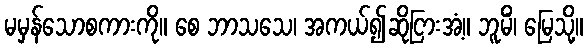
မမှန်သောစကားကို။ စေ ဘာသသေ၊ အကယ်၍ဆိုငြားအံ့။ ဘူမိံ၊ မြေသို့။